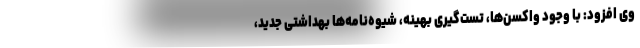
وی افزود: با وجود واکسن‌ها، تست‌گیری بهینه، شیوه‌نامه‌ها بهداشتی جدید،